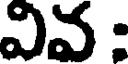
వివ :